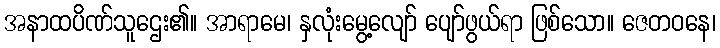
အနာထပိဏ်သူဌေး၏။ အာရာမေ၊ နှလုံးမွေ့လျော် ပျော်ဖွယ်ရာ ဖြစ်သော။ ဇေတဝနေ၊